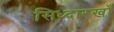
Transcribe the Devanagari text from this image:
सिध्दारखाँ